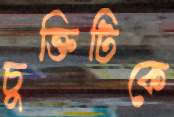
চুক্তিটিকে